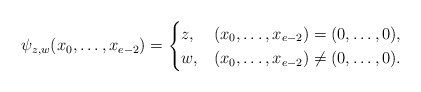
\begin{align*}\psi_{z, w}(x_0, \ldots, x_{e-2})=\begin{cases}z, & (x_0, \ldots, x_{e-2})=(0, \ldots, 0),\\w, & (x_0, \ldots, x_{e-2})\neq (0, \ldots, 0).\end{cases}\end{align*}